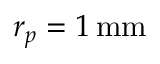
r _ { p } = 1 \, \mathrm { m m }